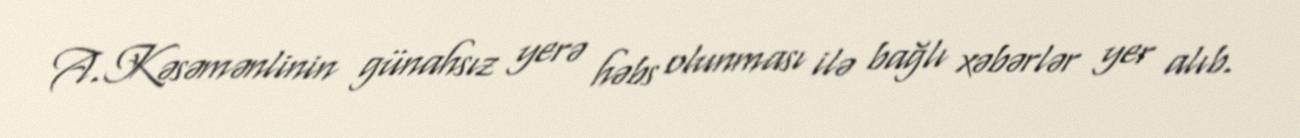
A.Kəsəmənlinin günahsız yerə həbs olunması ilə bağlı xəbərlər yer alıb.